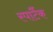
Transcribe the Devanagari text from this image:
स्पार्टैक